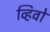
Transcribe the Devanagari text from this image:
व्हिवो